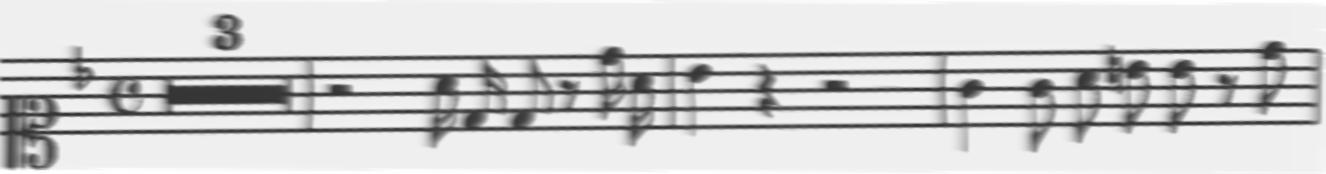
Transcription: clef-C1 keySignature-FM timeSignature-C multirest-3 barline rest-half note-A4_sixteenth note-D4_sixteenth note-D4_eighth rest-eighth note-D5_sixteenth note-A4_sixteenth barline note-Bb4_quarter rest-quarter rest-half barline note-G4_quarter note-G4_eighth note-A4_eighth note-B4_eighth note-Bb4_eighth rest-eighth note-D5_eighth barline